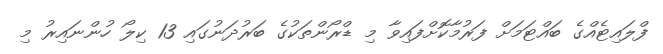
ފްލައިޓެއްގެ ބައްޓަމަށް ފަރުމާކޮށްފައިވާ މި ޑްރޯންތަކުގެ ބަރުދަނުގައި 13 ކިލޯ ހުންނައިރު މި